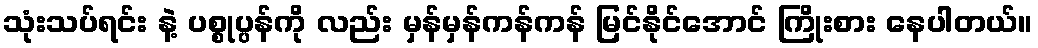
သုံးသပ်ရင်း နဲ့ ပစ္စုပ္ပန်ကို လည်း မှန်မှန်ကန်ကန် မြင်နိုင်အောင် ကြိုးစား နေပါတယ်။